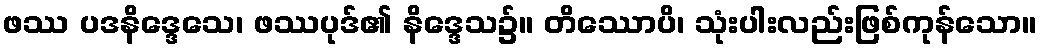
ဖဿ ပဒနိဒ္ဒေသေ၊ ဖဿပုဒ်၏ နိဒ္ဒေသ၌။ တိဿောပိ၊ သုံးပါးလည်းဖြစ်ကုန်သော။